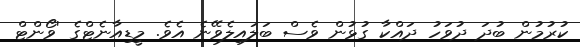
ކުރުމުން ބުދަ ދުވަހު ދައްކާ ގުޅުން ވެސް ބަލައިލެވޭނެ އެވެ. މީޑިއާނެޓްގެ 'ވޯންޓް